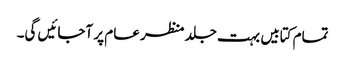
تمام کتابیں بہت جلد منظر عام پر آجائیں گی۔